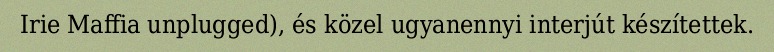
Irie Maffia unplugged), és közel ugyanennyi interjút készítettek.